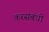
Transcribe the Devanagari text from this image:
करसंबंधी